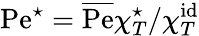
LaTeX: \mathrm{Pe}^{\star}=\overline{{\mathrm{Pe}}}\chi_{T}^{\star}/\chi_{T}^{\mathrm{id}}